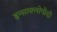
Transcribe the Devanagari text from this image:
इन्साक्लोपीदी